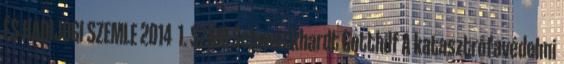
ÉS HADIJOGI SZEMLE 2014 1. SZÁM Schweickhardt Gotthilf A katasztrófavédelmi